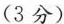
(3分)